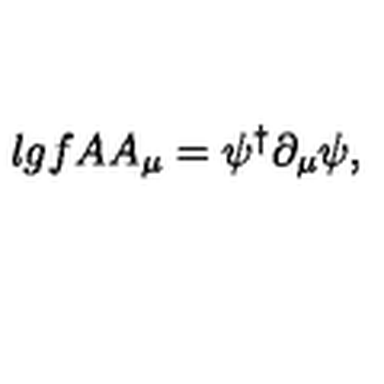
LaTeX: \l { g f A } A _ { \mu } = \psi ^ { \dagger } \partial _ { \mu } \psi ,